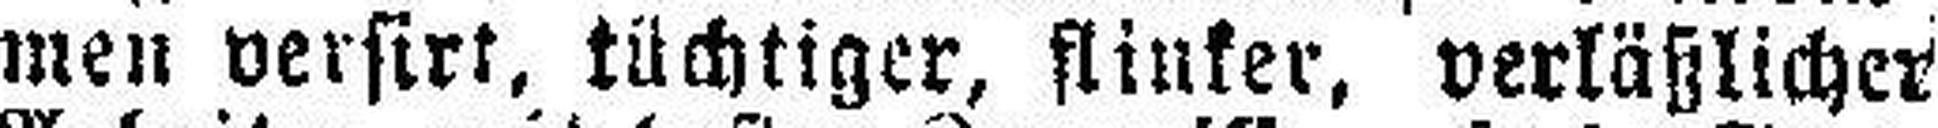
men versirt, tüchtiger, flinker, verläßlicher